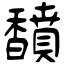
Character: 馩